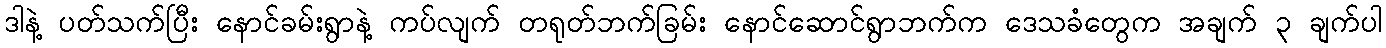
ဒါနဲ့ ပတ်သက်ပြီး နောင်ခမ်းရွာနဲ့ ကပ်လျက် တရုတ်ဘက်ခြမ်း နောင်ဆောင်ရွာဘက်က ဒေသခံတွေက အချက် ၃ ချက်ပါ